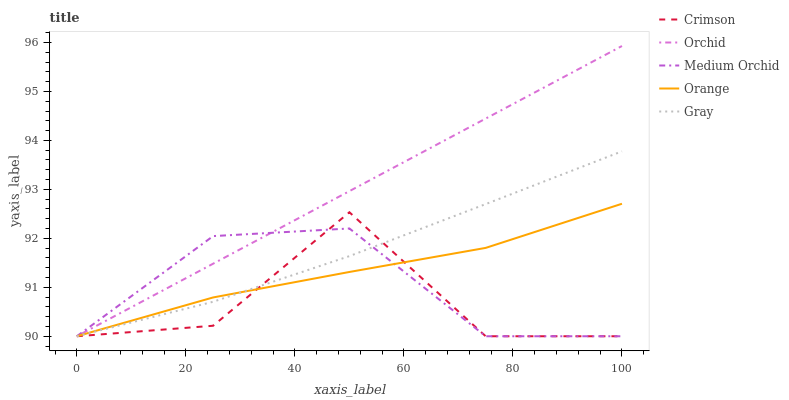
| xaxis_label | Crimson | Orchid | Medium Orchid | Orange | Gray |
 | --- | --- | --- | --- | --- | --- |
 | 0 | 90 | 90 | 90 | 90 | 90 |
 | 25 | 90.2 | 91.5 | 92 | 90.8 | 90.7 |
 | 50 | 92.5 | 93 | 92.2 | 91.3 | 91.6 |
 | 75 | 90 | 94.4 | 90 | 91.8 | 92.7 |
 | 100 | 90 | 95.9 | 90 | 92.7 | 93.8 |